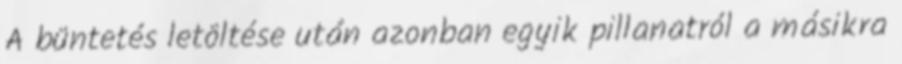
A büntetés letöltése után azonban egyik pillanatról a másikra